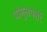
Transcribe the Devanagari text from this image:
पामुलपर्ती